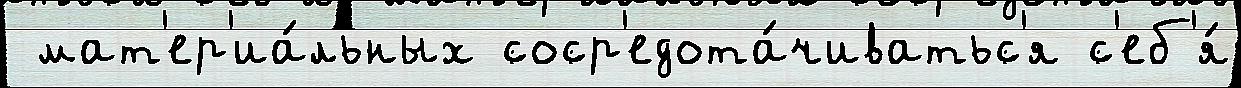
 мат'ер'иа́льных соср'едота́чиватьс'я с'еб'я́